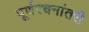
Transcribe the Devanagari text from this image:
पूर्णरचनांतरी